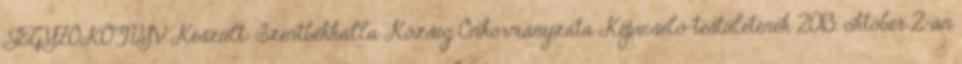
JEGYZŐKÖNYV Készült: Szentbékkálla Község Önkormányzata Képviselő-testületének 2013. október 2-án